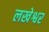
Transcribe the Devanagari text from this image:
लखेश्वर